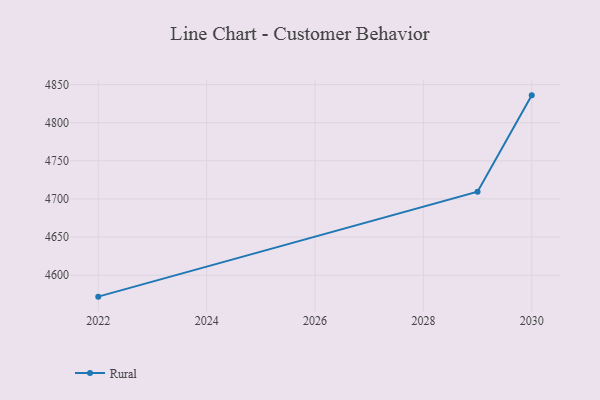
{"axis": {"x": "Year", "y": "Latency (ms)"}, "legend": ["Rural"], "data": [{"x": "2030", "y": 4835.9, "type": "Rural"}, {"x": "2029", "y": 4709.5, "type": "Rural"}, {"x": "2022", "y": 4571.8, "type": "Rural"}]}